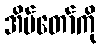
အိမ်တော်ကို